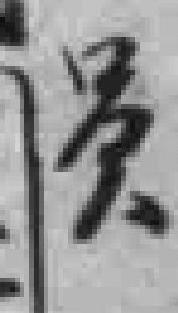
员